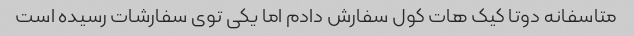
متاسفانه دوتا کیک هات کول سفارش دادم اما یکی توی سفارشات رسیده است